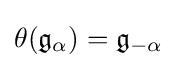
\theta ({\mathfrak {g}}_{\alpha })={\mathfrak {g}}_{-\alpha }